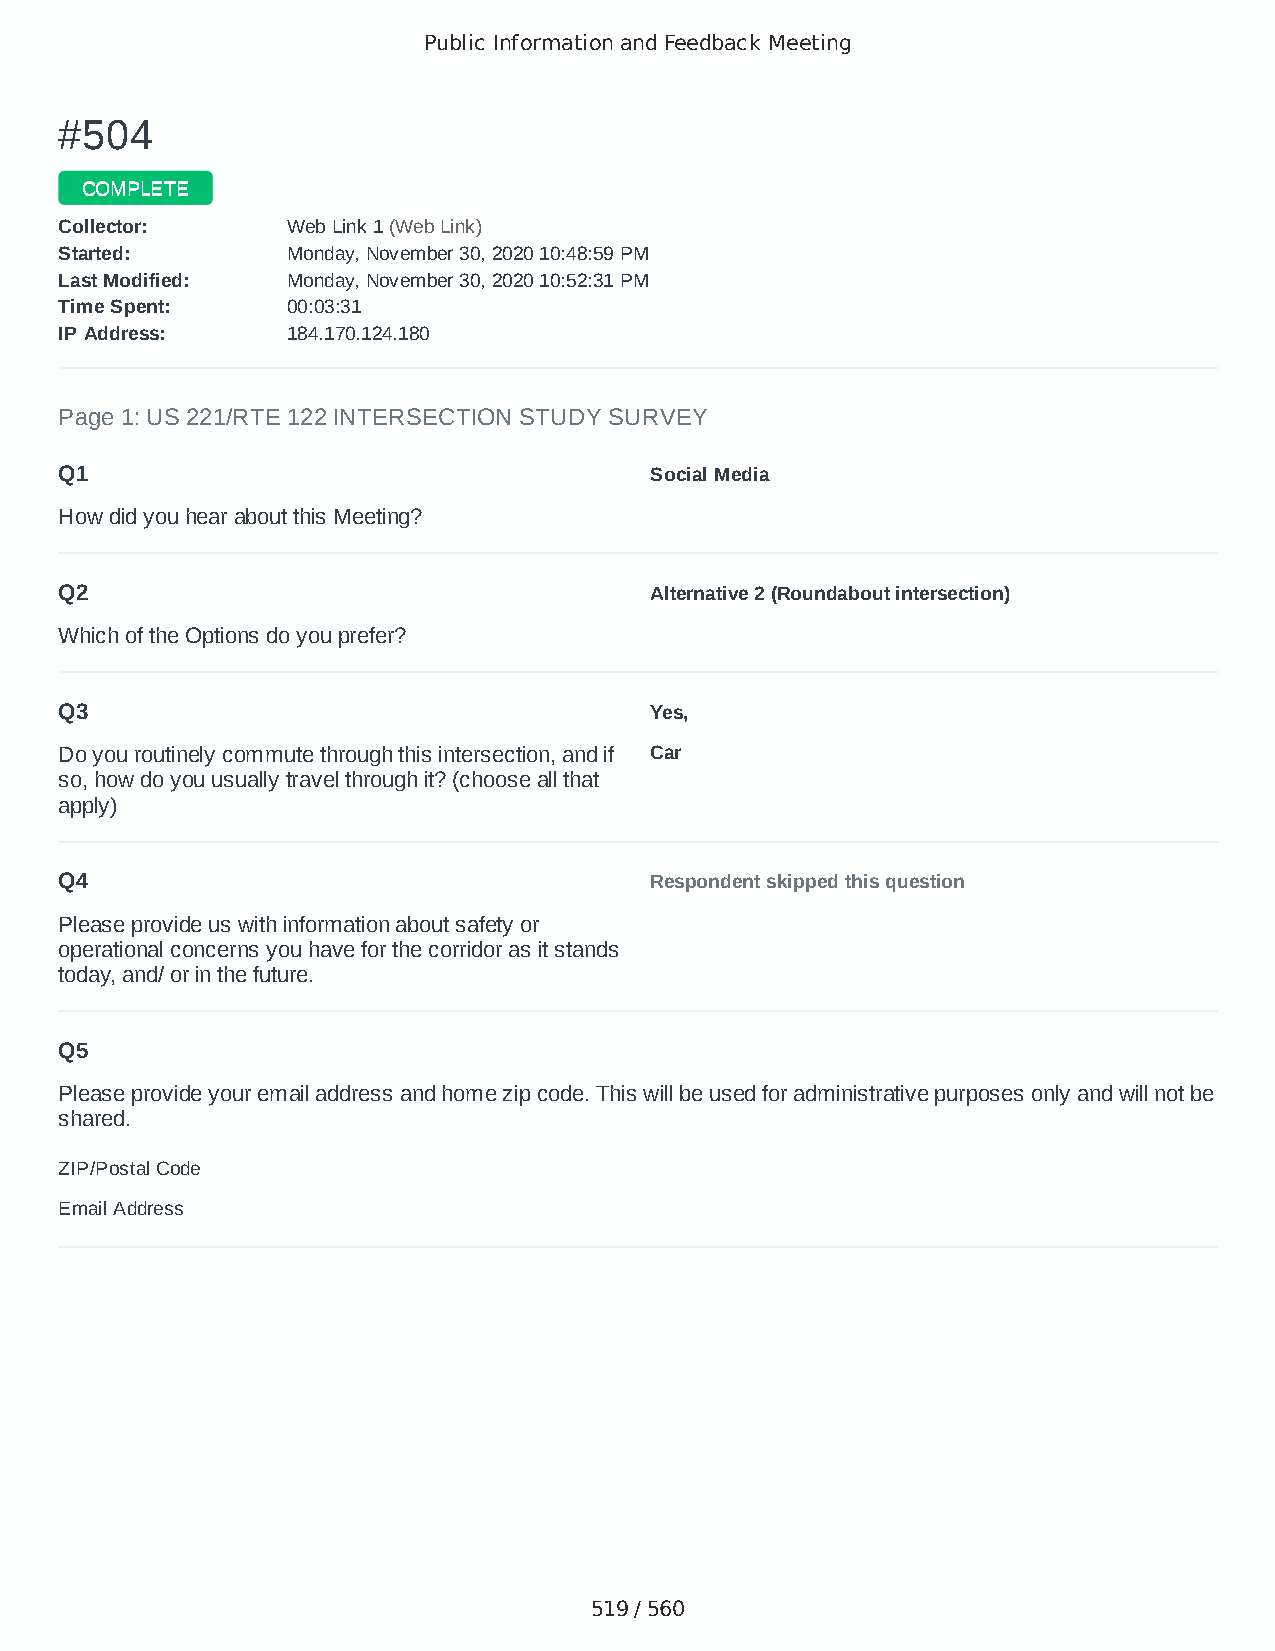
Public Information and Feedback Meeting
 ##550044
 CCOOMMPPLLEETTEE
 CCoolllleeccttoorr:: WWeebb LLiinnkk 11 ((WWeebb LLiinnkk))
 SSttaarrtteedd:: MMoonnddaayy,, NNoovveemmbbeerr 3300,, 22002200 1100::4488::5599 PPMM
 LLaasstt MMooddiiffiieedd:: MMoonnddaayy,, NNoovveemmbbeerr 3300,, 22002200 1100::5522::3311 PPMM
 TTiimmee SSppeenntt:: 0000::0033::3311
 IIPP AAddddrreessss:: 118844..117700..112244..118800
 Page 1: US 221/RTE 122 INTERSECTION STUDY SURVEY
 Q1                                     Social Media
 How did you hear about this Meeting?
 Q2                                     Alternative 2 (Roundabout intersection)
 Which of the Options do you prefer?
 Q3                                     Yes,
 Do you routinely commute through this intersection, and if Car
 so, how do you usually travel through it? (choose all that
 apply)
 Q4                                     Respondent skipped this question
 Please provide us with information about safety or
 operational concerns you have for the corridor as it stands
 today, and/ or in the future.
 Q5
 Please provide your email address and home zip code. This will be used for administrative purposes only and will not be
 shared.
 ZIP/Postal Code                        24523
 Email Address                          fmitch1991@yahoo.com
 519 / 560